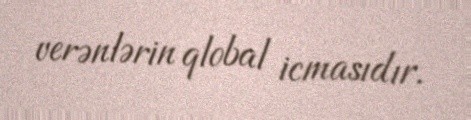
verənlərin qlobal icmasıdır.